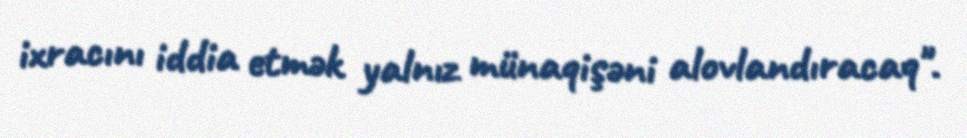
ixracını iddia etmək yalnız münaqişəni alovlandıracaq".